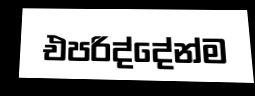
එපරිද්දේන්ම